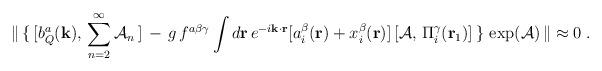
LaTeX: \begin{align*}{\|}\,\{\,[b_{Q}^{a}({\bf{k}}),\,\sum_{n=2}^\infty{\cal A}_n\,]\,-\,g\,f^{a\beta\gamma}\int d{\bf{r}}\,e^{-i{\bf{k\cdot r}}}[a^{\beta}_{i}({\bf{r}})+x^{\beta}_{i}({\bf{r}})]\,[{\cal A},\,\Pi_{i}^{\gamma}({\bf r}_1)]\,\}\,\exp({\cal A})\,{\|}\approx 0\;.\end{align*}